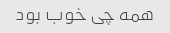
همه چی خوب بود